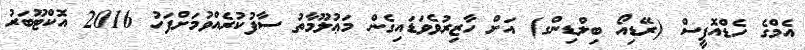
އެމްގެ ހެޑްއޮފީސް (ރޭޑިއޯ ބިލްޑިންގ) އަށް ހާޒިރުވެވަޑައިގެން މަޢުލޫމާތު ސާފުކުރެއްވުމަށްފަހު 2016 އޮކްޓޫބަރު